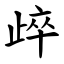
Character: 㱖